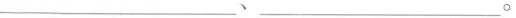
___、___。